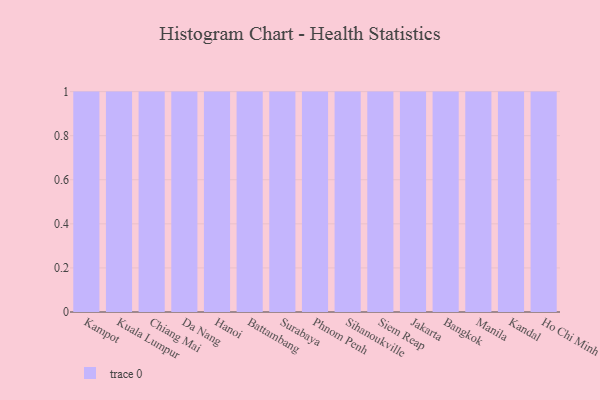
{"axis": {"x": "City", "y": "Latency (ms)"}, "legend": [""], "data": [{"x": "Kampot", "y": 72, "type": ""}, {"x": "Kuala Lumpur", "y": 8, "type": ""}, {"x": "Chiang Mai", "y": 26, "type": ""}, {"x": "Da Nang", "y": 48, "type": ""}, {"x": "Hanoi", "y": 78, "type": ""}, {"x": "Battambang", "y": 35, "type": ""}, {"x": "Surabaya", "y": 62, "type": ""}, {"x": "Phnom Penh", "y": 46, "type": ""}, {"x": "Sihanoukville", "y": 100, "type": ""}, {"x": "Siem Reap", "y": 49, "type": ""}, {"x": "Jakarta", "y": 27, "type": ""}, {"x": "Bangkok", "y": 79, "type": ""}, {"x": "Manila", "y": 18, "type": ""}, {"x": "Kandal", "y": 33, "type": ""}, {"x": "Ho Chi Minh City", "y": 22, "type": ""}]}